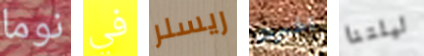
نوما في ريسلر اخبرت ليلتنا